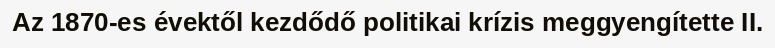
Az 1870-es évektől kezdődő politikai krízis meggyengítette II.